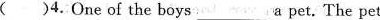
( )4.One of the boys___ a pet. The pet